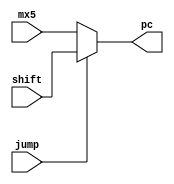
module MUX4(
	input [31:0] mx5,//vienen del mux 5
	input [31:0] shift,//viene del shift left jump
	input jump,//seal jump
	output reg [31:0] pc
);

always @*
	begin
		if(jump)
		begin
			pc=shift;
		end
		else
		begin
			pc=mx5;
		end
	end
endmodule